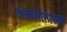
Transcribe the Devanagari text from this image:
तलवारीसारखा